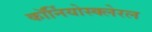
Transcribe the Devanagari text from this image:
कॉर्नियोस्क्लेरल